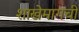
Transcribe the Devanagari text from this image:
शाखेमागची